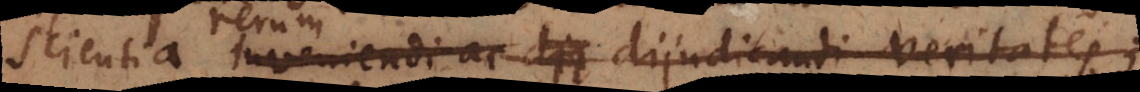
a inveniendi ac dijudicandi veritates;